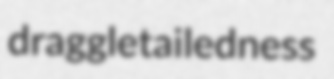
draggletailedness